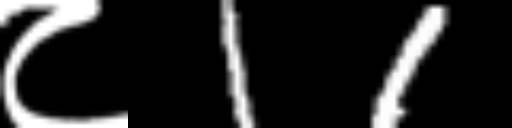
Text: ८11